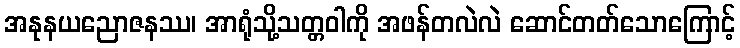
အနုနယညောဇနဿ၊ အာရုံသို့သတ္တဝါကို အဖန်တလဲလဲ ဆောင်တတ်သောကြောင့်